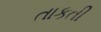
તાકતી